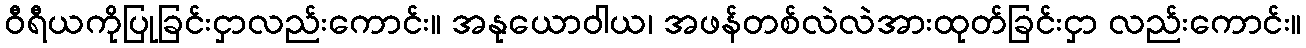
ဝီရီယကိုပြုခြင်းငှာလည်းကောင်း။ အနုယောဝါယ၊ အဖန်တစ်လဲလဲအားထုတ်ခြင်းငှာ လည်းကောင်း။